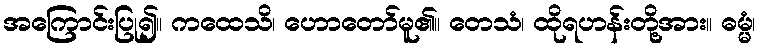
အကြောင်းပြု၍။ ကထေသိ၊ ဟောတော်မူ၏။ တေသံ၊ ထိုရဟန်းတို့အား။ ဓမ္မံ၊